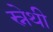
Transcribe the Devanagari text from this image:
स्नेथी